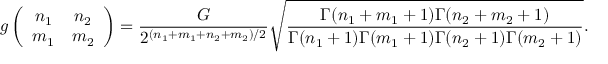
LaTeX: g \left( \begin{array} { c c } { { n _ { 1 } } } & { { n _ { 2 } } } \\ { { m _ { 1 } } } & { { m _ { 2 } } } \end{array} \right) = \frac { G } { 2 ^ { ( n _ { 1 } + m _ { 1 } + n _ { 2 } + m _ { 2 } ) / 2 } } \sqrt { \frac { \Gamma ( n _ { 1 } + m _ { 1 } + 1 ) \Gamma ( n _ { 2 } + m _ { 2 } + 1 ) } { \Gamma ( n _ { 1 } + 1 ) \Gamma ( m _ { 1 } + 1 ) \Gamma ( n _ { 2 } + 1 ) \Gamma ( m _ { 2 } + 1 ) } } .